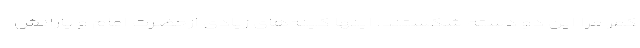
کمر مرا این دو دسته شکستند. اینها کینه‌های زیادی ازحضرت امام و یارانش